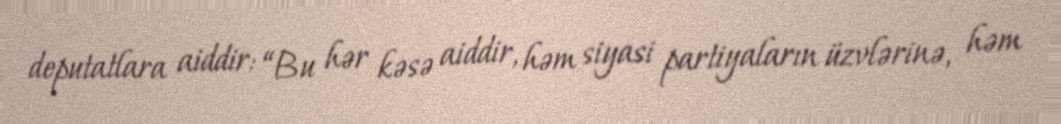
deputatlara aiddir: “Bu hər kəsə aiddir, həm siyasi partiyaların üzvlərinə, həm